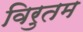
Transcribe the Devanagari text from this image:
विरुतम